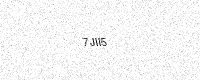
Text: 7JII5